Vaccine operations Central Provinces & Berar 1922-1929 - 1922-1929
Year: 1922
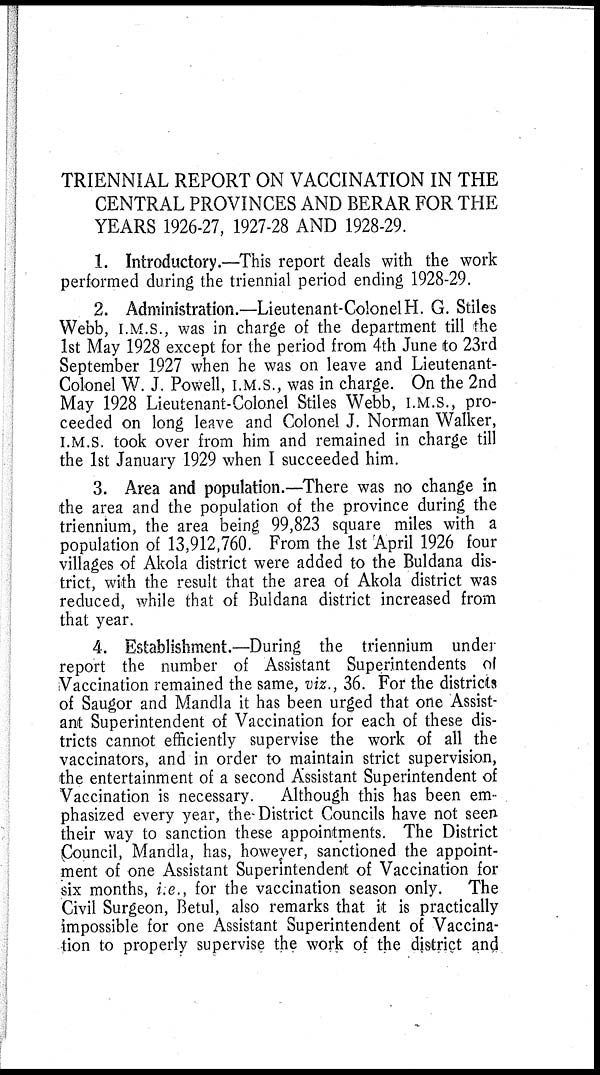
TRIENNIAL REPORT ON VACCINATION IN THE
CENTRAL PROVINCES AND BERAR FOR THE
YEARS 1926-27, 1927-28 AND 1928-29.
1. Introductory.—This report deals with the work
performed during the triennial period ending 1928-29.
2. Administration.—Lieutenant-Colonel H. G. Stiles
Webb, I.M.S., was in charge of the department till the
1st May 1928 except for the period from 4th June to 23rd
September 1927 when he was on leave and Lieutenant-
Colonel W. J. Powell, I.M.S., was in charge. On the 2nd
May 1928 Lieutenant-Colonel Stiles Webb, I.M.S., pro-
ceeded on long leave and Colonel J. Norman Walker,
I.M.S. took over from him and remained in charge till
the 1st January 1929 when I succeeded him.
3. Area and population.—There was no change in
the area and the population of the province during the
triennium, the area being 99,823 square miles with a
population of 13,912,760. From the 1st April 1926 four
villages of Akola district were added to the Buldana dis-
trict, with the result that the area of Akola district was
reduced, while that of Buldana district increased from
that year.
4. Establishment.—During the triennium under
report the number of Assistant Superintendents of
Vaccination remained the same, viz., 36. For the districts
of Saugor and Mandla it has been urged that one Assist-
ant Superintendent of Vaccination for each of these dis-
tricts cannot efficiently supervise the work of all the
vaccinators, and in order to maintain strict supervision,
the entertainment of a second Assistant Superintendent of
Vaccination is necessary. Although this has been em-
phasized every year, the District Councils have not seen
their way to sanction these appointments. The District
Council, Mandla, has, however, sanctioned the appoint-
ment of one Assistant Superintendent of Vaccination for
six months, i.e., for the vaccination season only. The
Civil Surgeon, Betul, also remarks that it is practically
impossible for one Assistant Superintendent of Vaccina-
tion to properly supervise the work of the district and